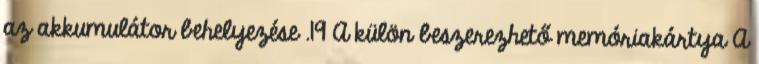
az akkumulátor behelyezése .19 A külön beszerezhető memóriakártya A